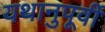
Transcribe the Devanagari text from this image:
यथानुपूर्वी